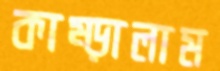
কাম্‌ড়ালাম